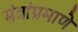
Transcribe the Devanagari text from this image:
मंत्रांप्रमाणे